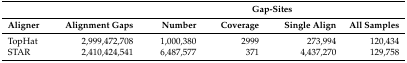
|  |  | <COLSPAN=4> Gap-Sites |
 | Aligner | Alignment Gaps | Number | Coverage | Single Align | All Samples |
 | --- | --- | --- | --- | --- | --- |
 | TopHat | 2,999,472,708 | 1,000,380 | 2999 | 273,994 | 120,434 |
 | STAR | 2,410,424,541 | 6,487,577 | 371 | 4,437,270 | 129,758 |